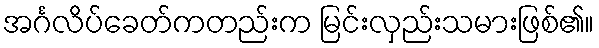
အင်္ဂလိပ်ခေတ်ကတည်းက မြင်းလှည်းသမားဖြစ်၏။